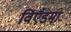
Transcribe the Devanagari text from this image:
विएडमा